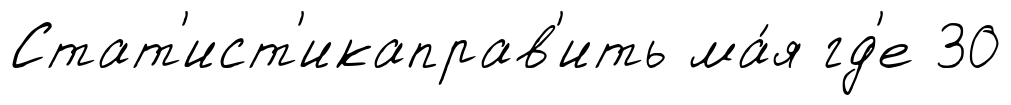
Стат'ист'икаправ'ить ма́я гд'е 30